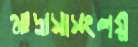
মাদ্রাসাসংলগ্ন